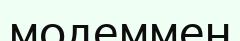
модеммен